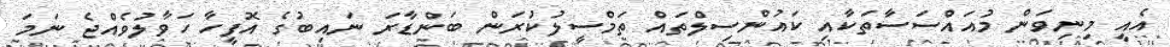
އެއީ މިނިވަން މުއައްސަސާތަކާއި ކައުންސިލްތައް ތަމްސީލުކުރަން ބަންޑާރަ ނައިބުގެ އޮފީހާ ހަވާލުވެއްޖެ ނަމަ